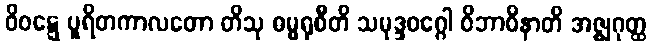
ဝိဝဋ္ဋေ ပူရိတကာလတော တိသု ဓမ္မရုစီတိ သမုဒ္ဒဝဂ္ဂေါ ဝိဘာဝိနာတိ အဇ္ဈဂုတ္ထ